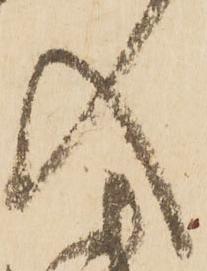
入